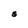
Character: S